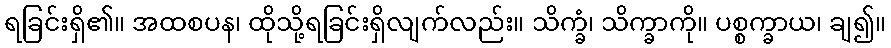
ရခြင်းရှိ၏။ အထစပန၊ ထိုသို့ရခြင်းရှိလျက်လည်း။ သိက္ခံ၊ သိက္ခာကို။ ပစ္စက္ခာယ၊ ချ၍။